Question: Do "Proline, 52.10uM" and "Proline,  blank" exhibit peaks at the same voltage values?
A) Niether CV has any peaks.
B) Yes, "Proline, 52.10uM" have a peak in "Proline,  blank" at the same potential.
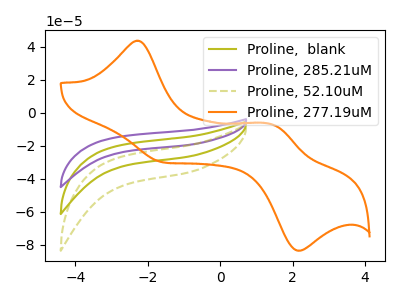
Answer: <think>The olive curve "Proline,  blank" has no peaks. The purple curve "Proline, 285.21uM" has no peaks. The olive dashed curve "Proline, 52.10uM" has no peaks. The orange curve "Proline, 277.19uM" has anodic peaks at (-2.30V, 43.65uA) (1.45V, -7.05uA) and cathodic peaks at (-1.50V, -30.20uA) (2.20V, -83.50uA).</think>
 <answer>A) Niether CV has any peaks.</answer>
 <eval>A</eval>